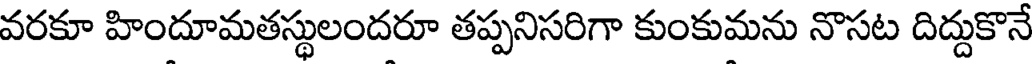
వరకూ హిందూమతస్థులందరూ తప్పనిసరిగా కుంకుమను నొసట దిద్దుకొనే